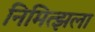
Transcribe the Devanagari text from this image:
निमित्झला